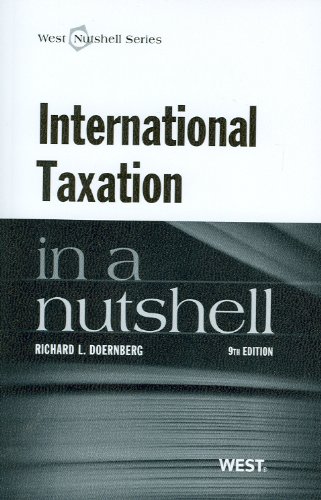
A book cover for International Taxation in a Nutshell; Richard L. Doernberg; Law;